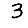
Digit: 3